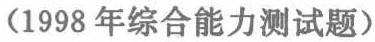
（1998 年综合能力测试题）